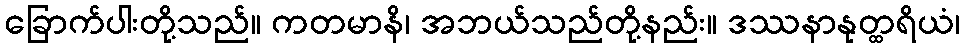
ခြောက်ပါးတို့သည်။ ကတမာနိ၊ အဘယ်သည်တို့နည်း။ ဒဿနာနုတ္ထရိယံ၊